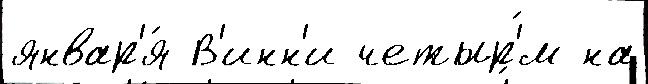
январ'я́ В'инн'и четыр'́м на